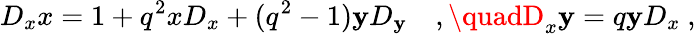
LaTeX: D_{x}x=1+q^{2}xD_{x}+(q^{2}-1)\mathbf{y}D_{\mathbf{y}}\quad,\quadD_{x}\mathbf{y}=q\mathbf{y}D_{x}\ ,